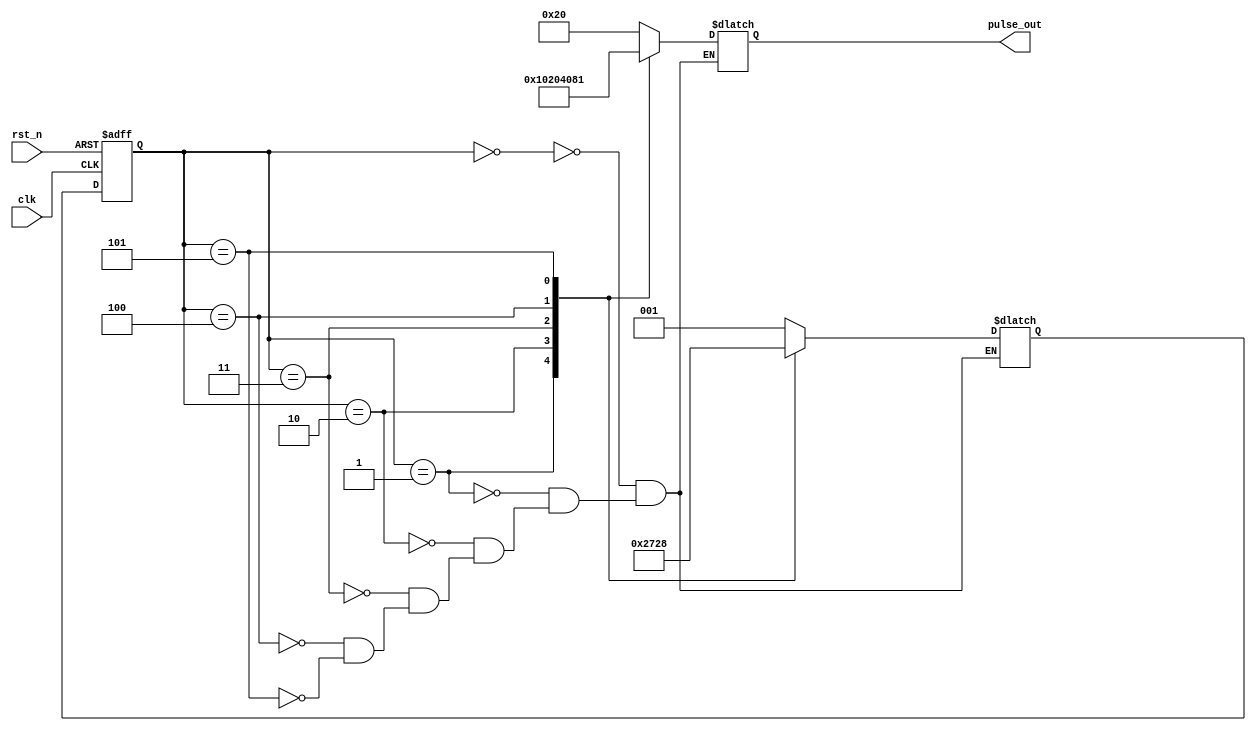
`timescale 1ns / 1ps

module sequential_pulse(
    input       clk,
    input       rst_n,
    
    output reg [5:0] pulse_out
    );
    
    //reg [3:0] pulse_out;
    reg [2:0] pulse_state;
    reg [2:0] next_pulse_state;
    
always@(pulse_state)begin
    case (pulse_state)
        3'b000: begin
        pulse_out<=6'b100000;
        next_pulse_state<=3'b001;
        end
        
        3'b001: begin
        pulse_out<=6'b010000;
        next_pulse_state<=3'b010;
        end  
        
        3'b010: begin
        pulse_out<=6'b001000;
        next_pulse_state<=3'b011;
        end
        
        3'b011: begin
        pulse_out<=6'b000100;
        next_pulse_state<=3'b100;
        end
         
        3'b100: begin
        pulse_out<=6'b000010;
        next_pulse_state<=3'b101;
        end
        
        3'b101: begin
        pulse_out<=6'b000001;
        next_pulse_state<=3'b000;
        end                                     
     endcase 
end 

always@(posedge clk or negedge rst_n)begin
    if(!rst_n)
        pulse_state<=3'b000;
    else
        pulse_state<=next_pulse_state;
end

endmodule